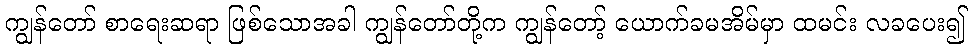
ကျွန်တော် စာရေးဆရာ ဖြစ်သောအခါ ကျွန်တော်တို့က ကျွန်တော့် ယောက်ခမအိမ်မှာ ထမင်း လခပေး၍